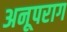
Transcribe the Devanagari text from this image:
अनूपराग